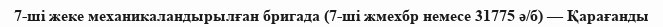
7-ші жеке механикаландырылған бригада (7-ші жмехбр немесе 31775 ә/б) — Қарағанды